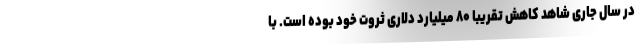
در سال جاری شاهد کاهش تقریبا ۸۰ میلیارد دلاری ثروت خود بوده است. با